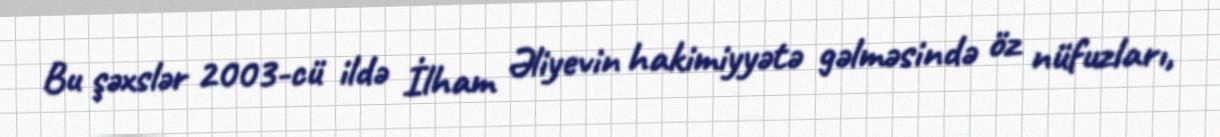
Bu şəxslər 2003-cü ildə İlham Əliyevin hakimiyyətə gəlməsində öz nüfuzları,